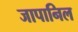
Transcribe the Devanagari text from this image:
जापानिल